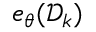
e _ { \theta } ( \mathcal { D } _ { k } )